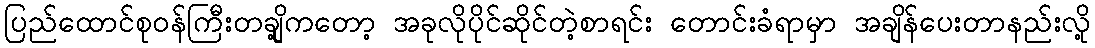
ပြည်ထောင်စုဝန်ကြီးတချို့ကတော့ အခုလိုပိုင်ဆိုင်တဲ့စာရင်း တောင်းခံရာမှာ အချိန်ပေးတာနည်းလို့